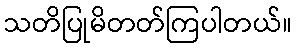
သတိပြုမိတတ်ကြပါတယ်။